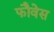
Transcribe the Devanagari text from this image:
फौवेस